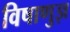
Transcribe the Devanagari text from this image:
विषाणुज्ञ